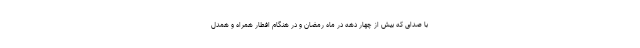
با صدای که بیش از چهار دهه در ماه رمضان و در هنگام افطار همراه و همدل